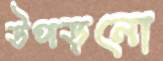
উপড়নো